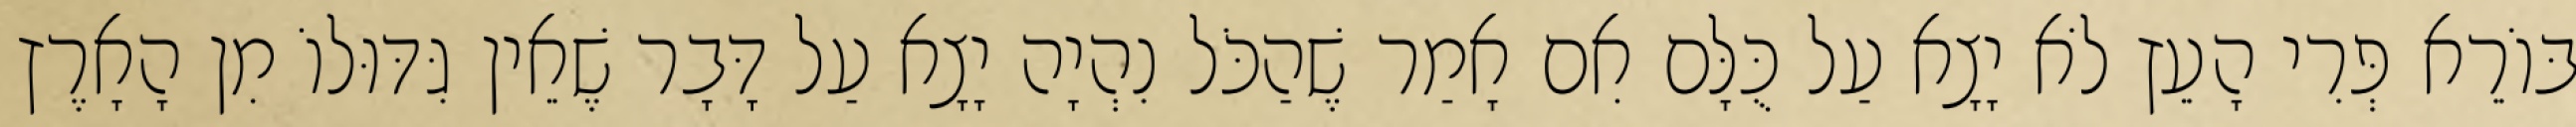
בּוֹרֵא פְּרִי הָעֵץ לֹא יָצָא עַל כֻּלָּם אִם אָמַר שֶׁהַכֹּל נִהְיָה יָצָא עַל דָּבָר שֶׁאֵין גִּדּוּלוֹ מִן הָאָרֶץ